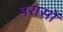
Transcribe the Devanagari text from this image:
परासों